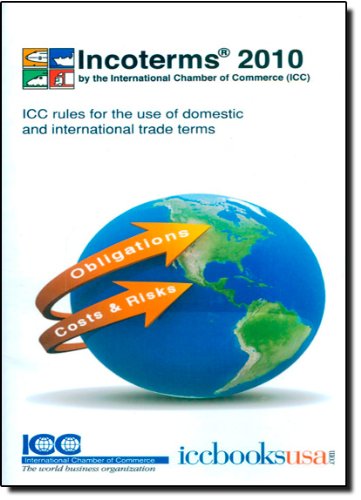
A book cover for IncotermsÂ® 2010; ICC Chamber of Commerce; Business & Money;